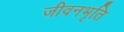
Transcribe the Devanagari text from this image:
जीवनभृति